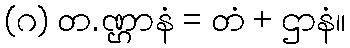
(ဂ) တ.ဏ္ဌာနံ = တံ + ဌာနံ။